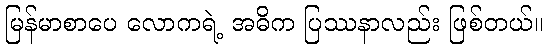
မြန်မာစာပေ လောကရဲ့ အဓိက ပြဿနာလည်း ဖြစ်တယ်။